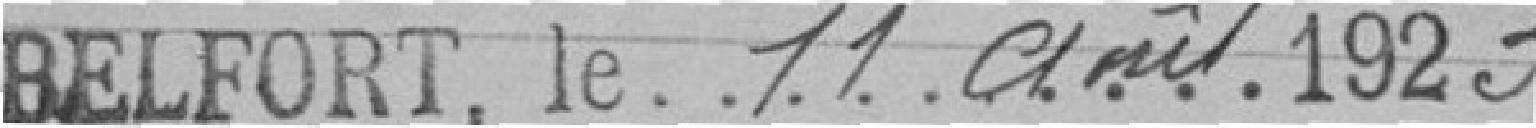
BELFORT le 11 août 1923